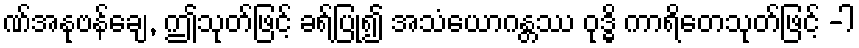
ဏ်အနုဗန်ချေ, ဤသုတ်ဖြင့် ခရ်ပြု၍ အသံယောဂန္တဿ ဝုဒ္ဓိ ကာရိတေသုတ်ဖြင့် -ါ